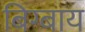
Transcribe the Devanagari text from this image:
बिग्बाय